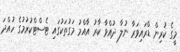
މީގެ ކުރިން ޑްރައިވަރާ ނުލާ ދުއްވާ ކާރު އާއްމު މަގުތަކުގައި ޓެސްޓްކުރުމުގެ ހުއްދަ